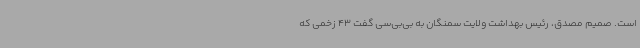
است. صمیم مصدق، رئیس بهداشت ولایت سمنگان به بی‌بی‌سی گفت 43 زخمی که